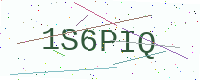
Text: 1S6PIQ